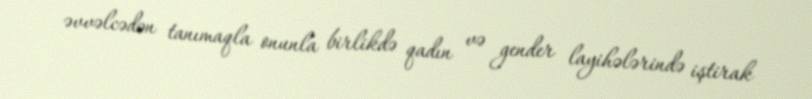
əvvəlcədən tanımaqla onunla birlikdə qadın və gender layihələrində iştirak